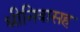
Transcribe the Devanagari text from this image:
श्रीनिवासह